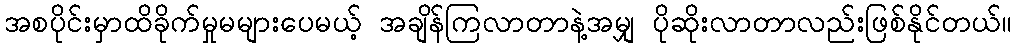
အစပိုင်းမှာထိခိုက်မှုမများပေမယ့် အချိန်ကြလာတာနဲ့အမျှ ပိုဆိုးလာတာလည်းဖြစ်နိုင်တယ်။